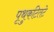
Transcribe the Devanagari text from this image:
पृथुकटितटे